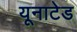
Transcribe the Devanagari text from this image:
यूनाटेड